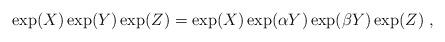
LaTeX: \begin{align*}\exp({X}) \exp({Y}) \exp({Z}) = \exp({X})\exp({\alpha Y}) \exp({\beta Y}) \exp({Z}) \ ,\end{align*}